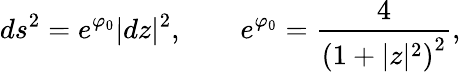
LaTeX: ds^{2}=e^{\varphi_{0}}|dz|^{2},\qquad e^{\varphi_{0}}={\frac{4}{\left(1+|z|^{2}\right)^{2}}},